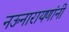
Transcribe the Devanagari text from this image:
नऊनारायणांनी